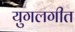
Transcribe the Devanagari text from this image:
युगलगीत